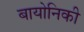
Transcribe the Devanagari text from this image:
बायोनिकी